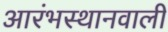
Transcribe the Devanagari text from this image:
आरंभस्थानवाली